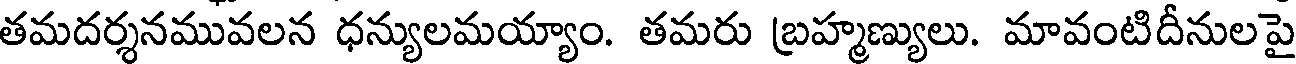
తమదర్శనమువలన ధన్యులమయ్యాం. తమరు బ్రహ్మణ్యులు. మావంటిదీనులపై